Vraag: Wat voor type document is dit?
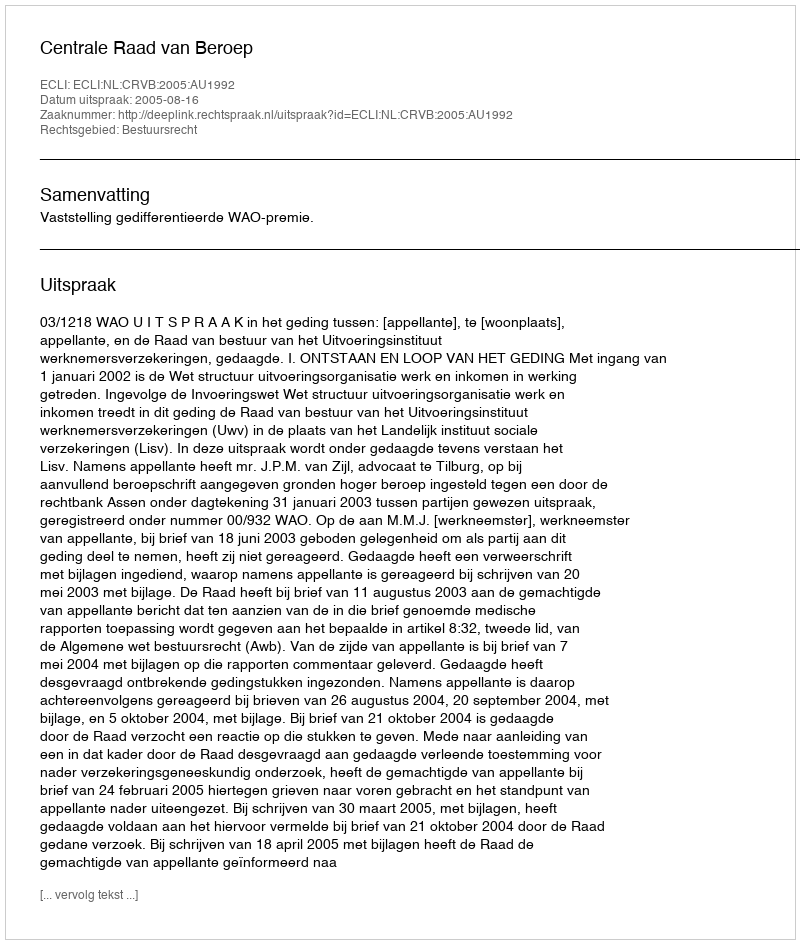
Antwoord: Uitspraak